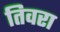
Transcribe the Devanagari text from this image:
तिवरा